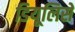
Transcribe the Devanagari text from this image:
डियूलिसे